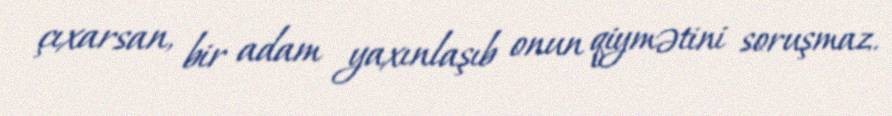
çıxarsan, bir adam yaxınlaşıb onun qiymətini soruşmaz.